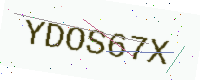
Text: YDOS67X